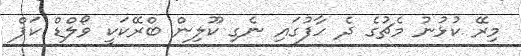
މިރޭ ކުޅުނު މެޗުގެ ދެ ހާފުގައި ނެގި ކޫލިން ބްރޭކަކީ ވޯލްޑް ކަޕް